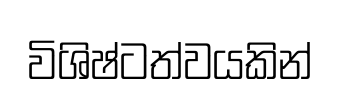
විශිෂ්ටත්වයකින්